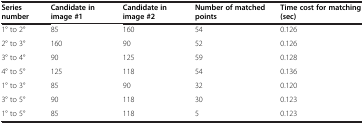
<table><thead><tr><td><b>Series number</b></td><td><b>Candidate in image #1</b></td><td><b>Candidate in image #2</b></td><td><b>Number of matched points</b></td><td><b>Time cost for matching(sec)</b></td></tr></thead><tbody><tr><td>1° to 2°</td><td>85</td><td>160</td><td>54</td><td>0.126</td></tr><tr><td>2° to 3°</td><td>160</td><td>90</td><td>52</td><td>0.126</td></tr><tr><td>3° to 4°</td><td>90</td><td>125</td><td>59</td><td>0.128</td></tr><tr><td>4° to 5°</td><td>125</td><td>118</td><td>54</td><td>0.136</td></tr><tr><td>1° to 3°</td><td>85</td><td>90</td><td>32</td><td>0.120</td></tr><tr><td>3° to 5°</td><td>90</td><td>118</td><td>30</td><td>0.123</td></tr><tr><td>1° to 5°</td><td>85</td><td>118</td><td>5</td><td>0.123</td></tr></tbody></table>